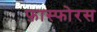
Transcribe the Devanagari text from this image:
फ़ास्फोरस